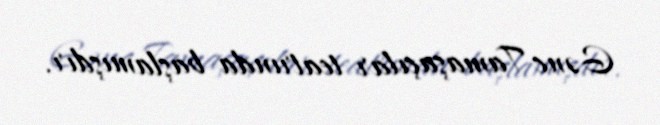
Gənc Tamaşaçılar teatrında başlamışdır.